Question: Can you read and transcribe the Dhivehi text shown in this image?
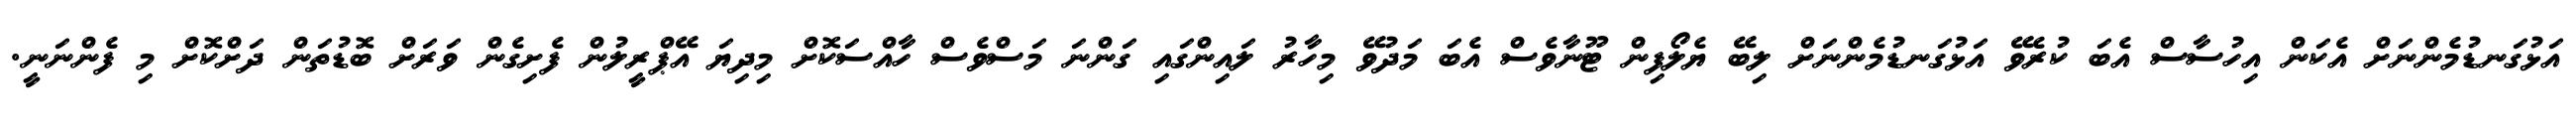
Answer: އަޅުގަނޑުމެންނަށް އެކަން އިހުސާސް އެބަ ކުރެވޭ އަޅުގަނޑުމެންނަށް ލިބޭ ޔެލޯފިން ޓޫނާވެސް އެބަ މަދުވޭ މިހާރު ލައިންގައި ގަންނަ މަސްވެސް ހާއްސަކޮށް މިދިޔަ އޭޕްރީލުން ފެށިގެން ވަރަށް ބޮޑުތަން ދަށްކޮށް މި ފެންނަނީ.